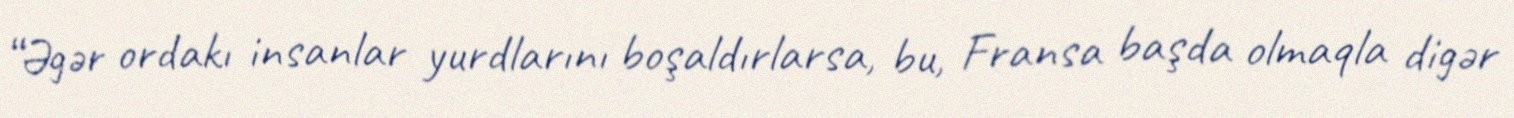
“Əgər ordakı insanlar yurdlarını boşaldırlarsa, bu, Fransa başda olmaqla digər